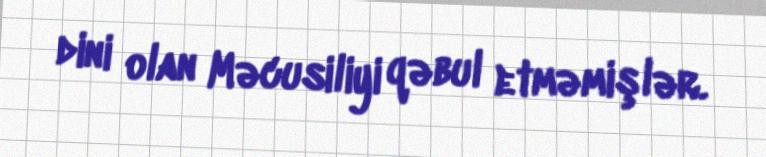
dini olan Məcusiliyi qəbul etməmişlər.